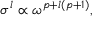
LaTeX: \sigma ^ { l } \propto \omega ^ { p + l ( p + 1 ) } ,